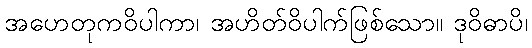
အဟေတုကဝိပါကာ၊ အဟိတ်ဝိပါက်ဖြစ်သော။ ဒုဝိဓာပိ၊